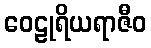
ဝေဠုရိယရာဇီဝ